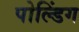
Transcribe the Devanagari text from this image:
पोल्डिंग